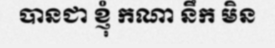
បានជា ខ្ញុំ កណា នឹក មិន